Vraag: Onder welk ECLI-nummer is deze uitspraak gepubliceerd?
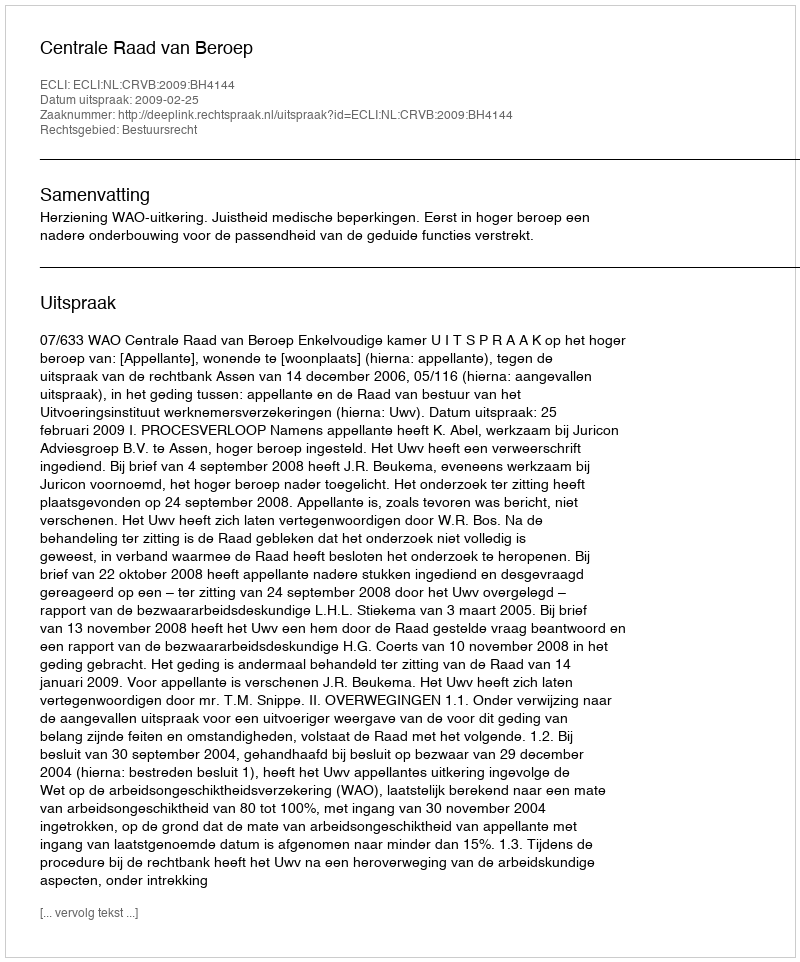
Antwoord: ECLI:NL:CRVB:2009:BH4144